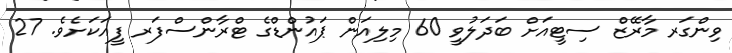
ވިންގަރ މާރޭޒް ސިޓީއަށް ބަދަލުވީ 60 މިލިއަން ޕައުންޑްގެ ޓްރާންސްފަރ ފީއަކަށެވެ. 27